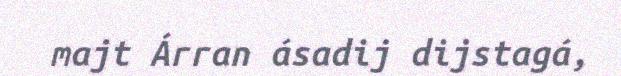
majt Árran ásadij dijstagá,